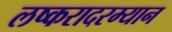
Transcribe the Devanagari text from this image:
लष्करादरम्यान